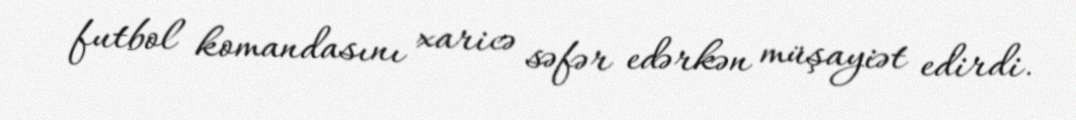
futbol komandasını xaricə səfər edərkən müşayiət edirdi.